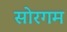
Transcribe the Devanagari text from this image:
सोरगम